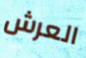
العرش